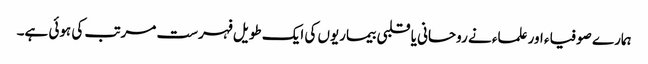
ہمارے صوفیاء اور علماء نے روحانی یا قلبی بیماریوں کی ایک طویل فہرست مرتب کی ہوئی ہے۔